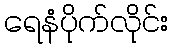
ရေနံပိုက်လိုင်း